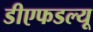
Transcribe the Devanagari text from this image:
डीएफडल्‍यू